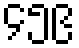
၄၅၉